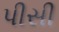
પીસી